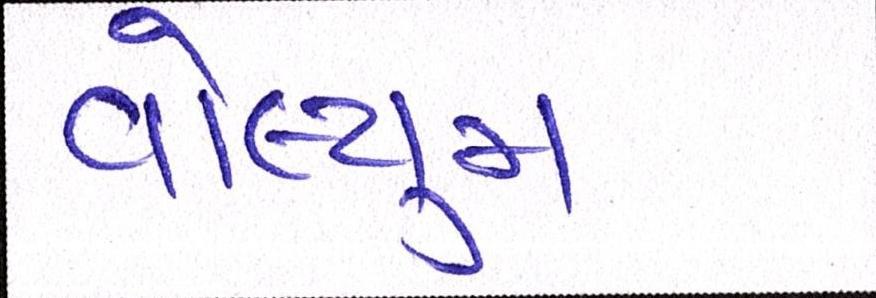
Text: વોલ્યુમ